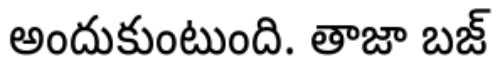
అందుకుంటుంది. తాజా బజ్